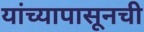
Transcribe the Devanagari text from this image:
यांच्यापासूनची